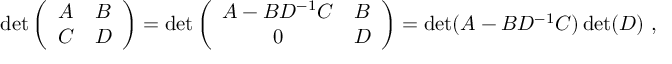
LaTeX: \operatorname * { d e t } \left( \begin{array} { c c } { { A } } & { { B } } \\ { { C } } & { { D } } \end{array} \right) = \operatorname * { d e t } \left( \begin{array} { c c } { { A - B D ^ { - 1 } C } } & { { B } } \\ { { 0 } } & { { D } } \end{array} \right) = \operatorname * { d e t } ( A - B D ^ { - 1 } C ) \operatorname * { d e t } ( D ) \ ,